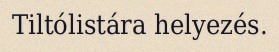
Tiltólistára helyezés.